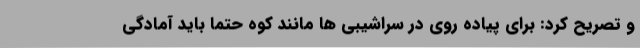
و تصریح کرد: برای پیاده روی در سراشیبی ها مانند کوه حتما باید آمادگی